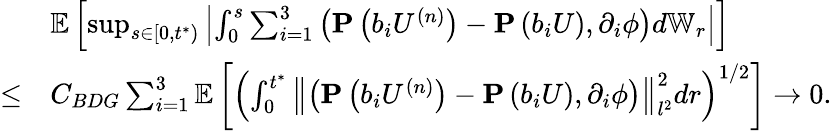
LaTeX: \begin{array}{rl}&{\mathbb{E}\left[\operatorname*{sup}_{s\in\left[0,t^{*}\right)}\left|\int_{0}^{s}\sum_{i=1}^{3}\left(\mathbf{P}\left(b_{i}U^{(n)}\right)-\mathbf{P}\left(b_{i}U\right),\partial_{i}\phi\right)d\mathbb{W}_{r}\right|\right]}\\ {\leq}&{C_{BDG}\sum_{i=1}^{3}\mathbb{E}\left[\left(\int_{0}^{t^{*}}\left\| \left(\mathbf{P}\left(b_{i}U^{(n)}\right)-\mathbf{P}\left(b_{i}U\right),\partial_{i}\phi\right)\right\| _{l^{2}}^{2}dr\right)^{1/2}\right]\to 0.}\end{array}